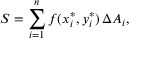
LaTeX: S = \sum _ { i = 1 } ^ { n } f ( x _ { i } ^ { * } , y _ { i } ^ { * } ) \, \Delta A _ { i } ,